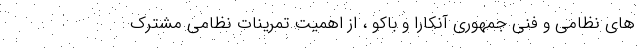
های نظامی و فنی جمهوری آنکارا و باکو ، از اهمیت تمرینات نظامی مشترک